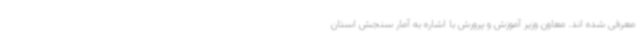
معرفی شده اند. معاون وزیر آموزش و پرورش با اشاره به آمار سنجش استان